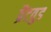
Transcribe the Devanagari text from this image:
ब्रैंटवुड